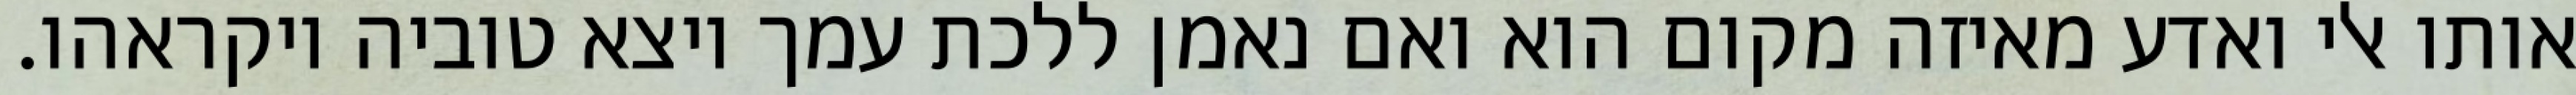
אותו אלי ואדע מאיזה מקום הוא ואם נאמן ללכת עמך ויצא טוביה ויקראהו.